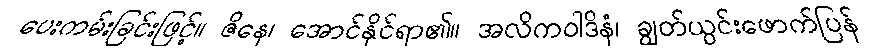
ပေးကမ်းခြင်းဖြင့်။ ဇိနေ၊ အောင်နိုင်ရာ၏။ အလိကဝါဒိနံ၊ ချွတ်ယွင်းဖောက်ပြန်